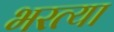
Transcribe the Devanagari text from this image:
भरत्या